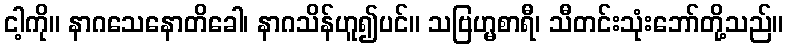
ငါ့ကို။ နာဂသေနောတိခေါ၊ နာဂသိန်ဟူ၍ပင်။ သဗြဟ္မစာရီ၊ သီတင်းသုံးဘော်တို့သည်။